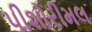
પીશોરીમલ